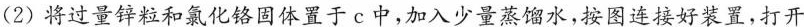
(2)将过量锌粒和氯化铬固体置于c中，加入少量蒸馏水，按图连接好装置，打开